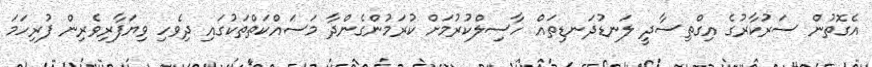
އެގޮތުން ސަރުކާރުގެ އިގްތިސާދީ ލަނޑުދަނޑިތައް ހާސިލްކުރުމަށް ކުރަމުންގެންދާ މަސައްކަތްތަކުގައި ދިވެހި ވިޔަފާރިވެރިން ފުރިހަމަ